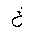
Letter: _kha